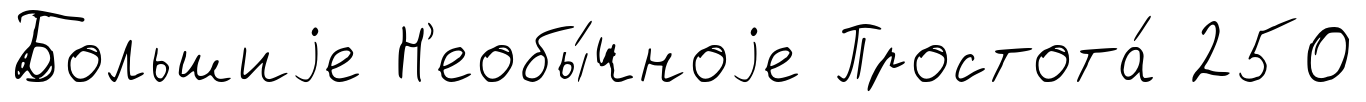
Большиjе Н'еобы́чноjе Простота́ 250